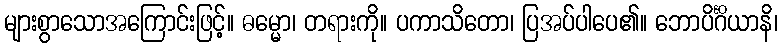
များစွာသောအကြောင်းဖြင့်။ ဓမ္မော၊ တရားကို။ ပကာသိတော၊ ပြအပ်ပါပေ၏။ ဘောပိင်္ဂိယာနိ၊